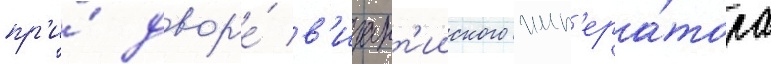
пр'и́ двор'е́ в'изант'ииского имп'ера́тора